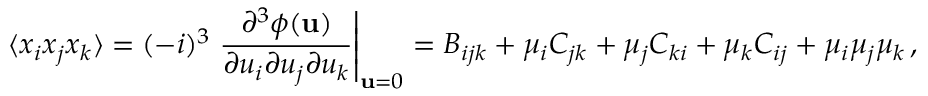
\langle x _ { i } x _ { j } x _ { k } \rangle = ( - i ) ^ { 3 } \left. { \frac { \partial ^ { 3 } \phi ( { \bf u } ) } { \partial u _ { i } \partial u _ { j } \partial u _ { k } } } \right| _ { { \bf u } = 0 } = B _ { i j k } + \mu _ { i } C _ { j k } + \mu _ { j } C _ { k i } + \mu _ { k } C _ { i j } + \mu _ { i } \mu _ { j } \mu _ { k } \, ,